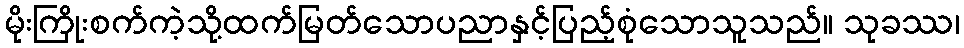
မိုးကြိုးစက်ကဲ့သို့ထက်မြတ်သောပညာနှင့်ပြည့်စုံသောသူသည်။ သုခဿ၊